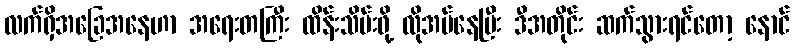
လက်ရှိအခြေအနေဟာ အရေးတကြီး ထိန်းသိမ်းဖို့ လိုအပ်နေပြီး ဒီအတိုင်း ဆက်သွားရင်တော့ နောင်